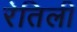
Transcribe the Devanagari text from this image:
रेतिली